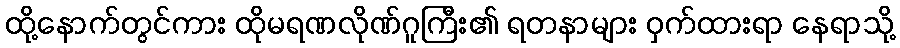
ထို့နောက်တွင်ကား ထိုမရဏလိုဏ်ဂူကြီး၏ ရတနာများ ဝှက်ထားရာ နေရာသို့